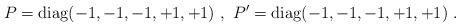
LaTeX: \begin{align*}P={\rm diag}(-1, -1, -1, +1, +1)~,~P'={\rm diag}(-1, -1, -1, +1, +1) ~.~\,\end{align*}